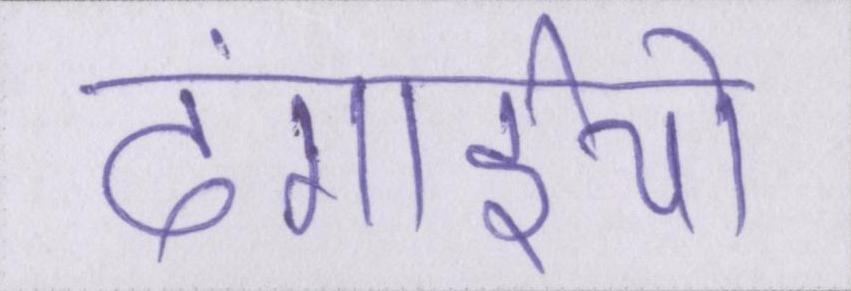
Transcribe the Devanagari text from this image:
दंगाईयो